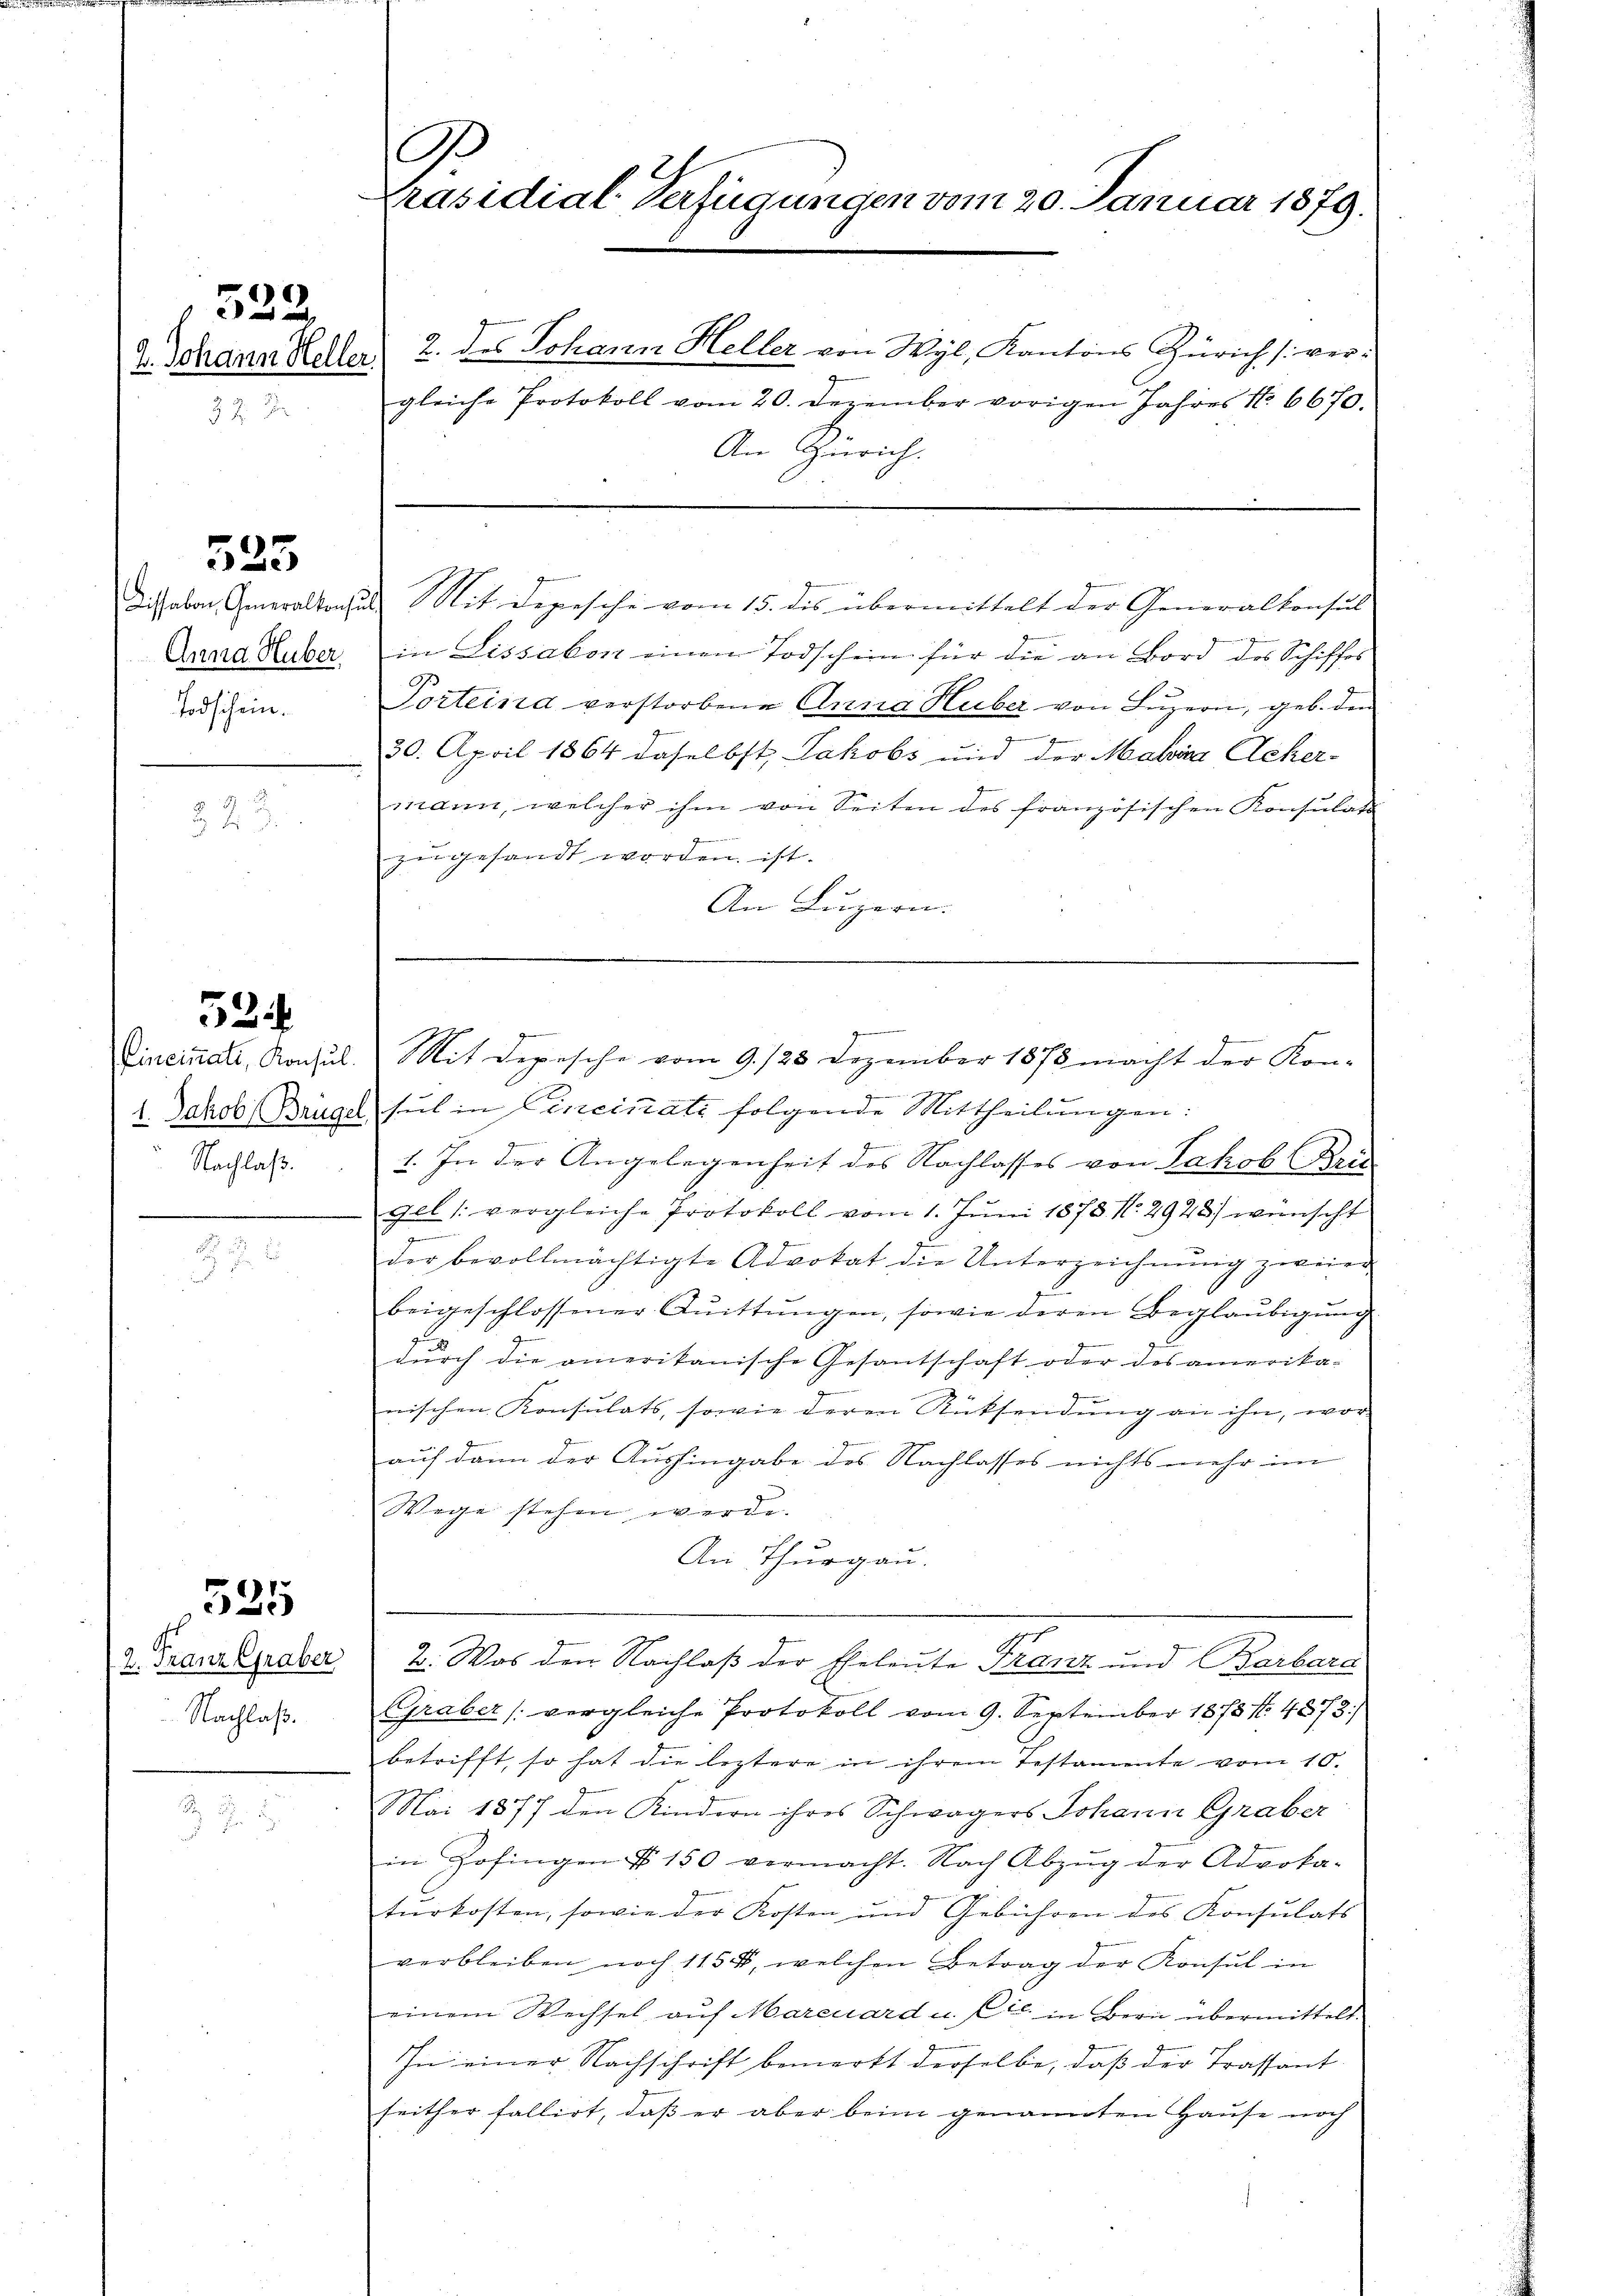
322.

525

Anna Huber,
Todschein.

2
 7. d.

524

1. Jakob Brüg
Nachlaß.

525

12. Franz Graber
Nachlaß.

A
Präsidial-Verfügungen vom 20. Januar 1879.

2. Johann Heller 2. des Johann Heller von Wyl, Kantons Zürich vergleiche Protokoll vom 20. Dezember vorigen Jahres No 6670.
An Zürich.
Dissabon Generalkonsuls Mit Depesche vom 15. des übermittelt der Generalkonsul
in Lissabon einen Todschein für die an Bord des Schiffes
Porteisia verstorbene Anna Huber von Luzern, geb. den
e
30. April 1864 daselbst, Jakobs und der Maria Acker-
mann, welcher ihm von Seiten des französischen Konsulati
zugesandt worden ist.
An Luzern.
g
Zincinali, Rochus. Mit Depesche vom 9. 128 Dezember 1875 macht der Kon-
sul in Cincinati folgende Mittheilungen:
1. In der Angelegenheit des Nachlasses von Jakob Reis
gel /: vergleiche Protokoll vom 1. Jŭni 1873 No 2923.) wünscht
der bevollmächtigte Advokat die Unterzeichnŭng zweier
beigeschlossener Quittungen, sowie deren Beglaubigung
zu
dŭrch die amerikanische Gesantschaft oder des amerika-
nischen Konsulats, sowie deren Rücksendung an ihn, wor
auf dann der Aushingabe des Nachlasses nichts mehr im
Wege stehen werde.
An Thurgau.
2. Was den Nachlaß der Eheleute Franz und Barbara
Graber (vergleiche Protokoll vom 9. September 1873. 4873:
betrifft, so hat die leztere in ihrem Testamente vom 10.
Mai 1877 den Kindern ihres Schwagers Johann Graber
in Zofingen § 150 vermacht. Nach Abzŭg der Advoka-
tŭrkosten, sowie der Kosten und Gebühren des Konsulats
verbleiben noch 1154, welchen Betrag der Konsul in
einem Wechsel auf Marcuard u. Cic in Bern übermittels
In einer Nachschrift bemerkt derselbe, daß der Trassant
seither fallirt, daß er aber beim genannten Hause noch